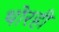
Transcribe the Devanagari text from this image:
थोरही